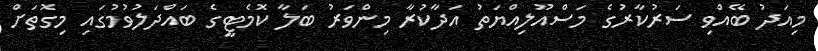
މިއަދު ބޭއްވި ސަރުކާރުގެ މަސްއޫލިއްޔަތު އަދާކުރާ މިންވަރު ބަލާ ކޮމެޓީގެ ބައްދަލުވުމުގައި މިގޮތަށް